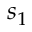
s _ { 1 }